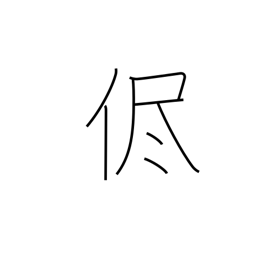
Meaning: as it is